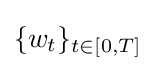
\{w_{t}\}_{t\in [0,T]}